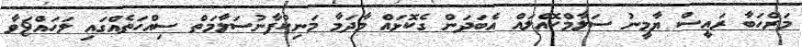
މަރްހަބާ ރައީސް ޔާމީނު ސަލާމްކޮއްލައް އެބަދަން ގެކޮޅައް މާދަމާ މަނިކުފާނުސަލާމަތް ސިއްހަތެއްގައި ލަހައްޱަވާ